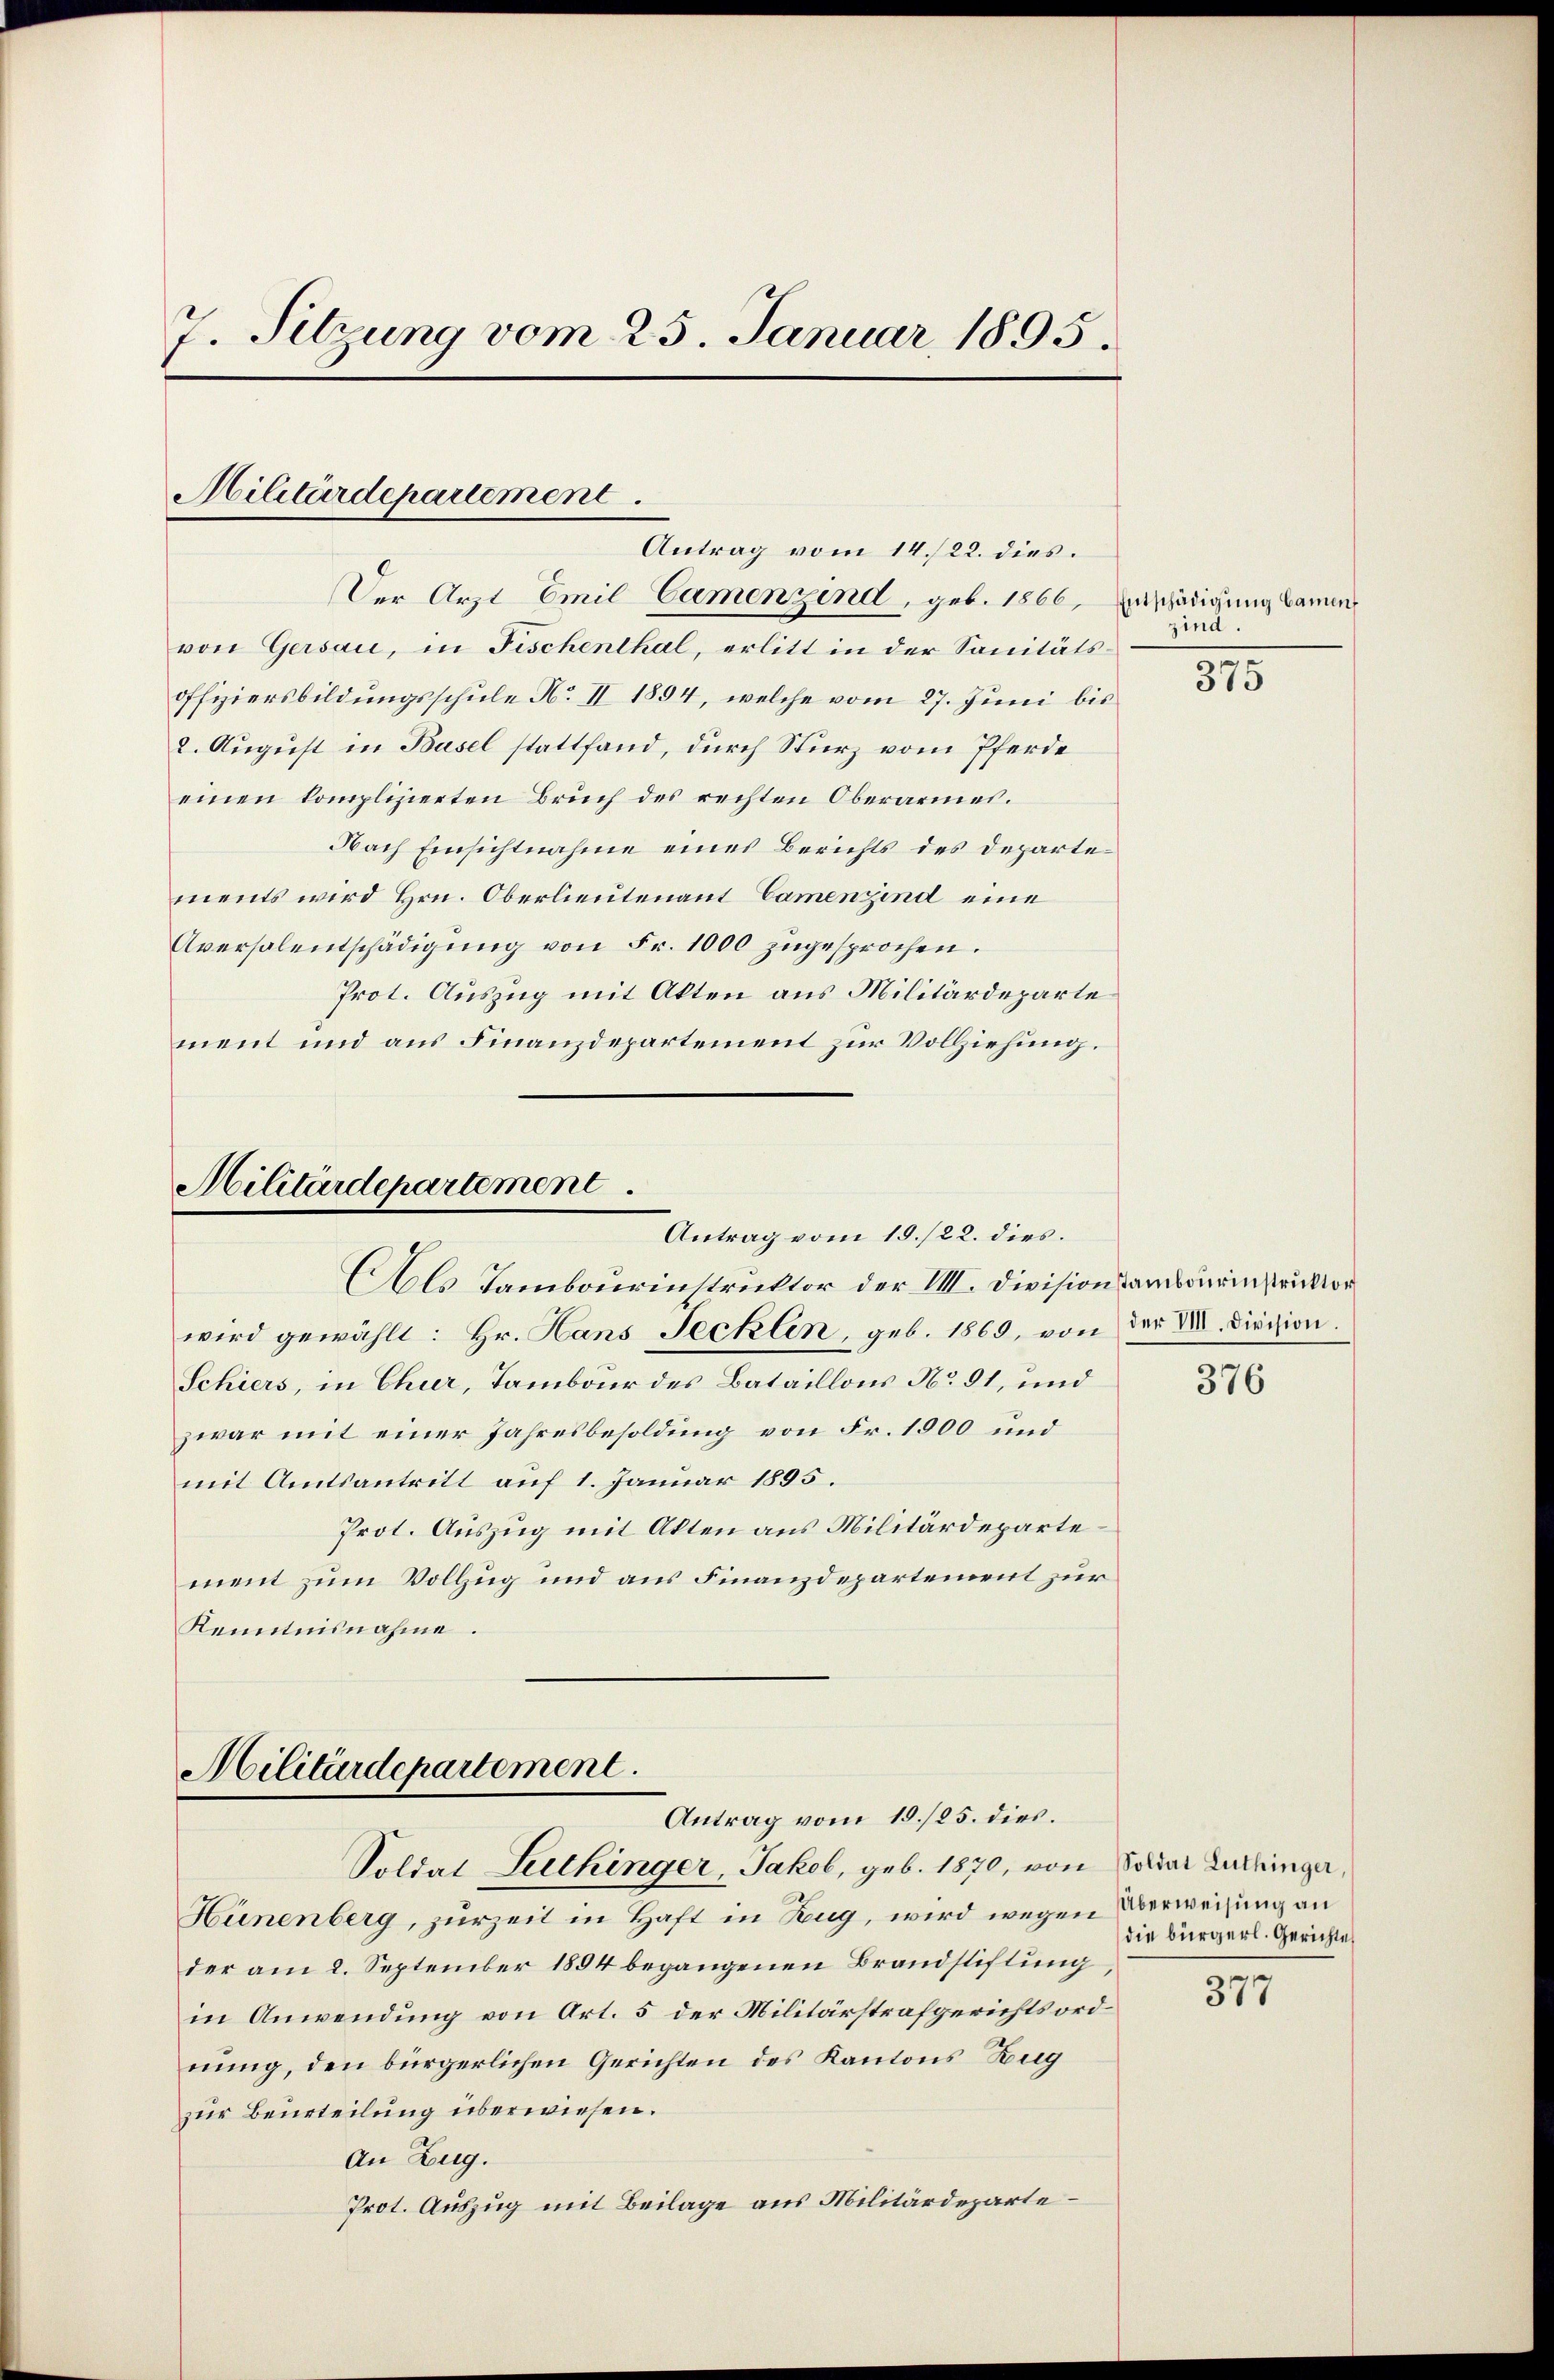
7. Sitzung vom 25. Januar 1895.

Militärdepariement
Antrag vom 14./22. dies

Der Arzt Emil-Camenzind, geb. 1866, Entschädigung kamme
von Gersau, in Fischenthal, erlitt in der Sanitätsoffiziersbildungsschule No II 1894, welche vom 27. Juni bis
2. August in Basel stattfand, durch Sturz vom Pferde
einen komplizierten Bruch des rechten Oberarmes.
Nach Einsichtnahme eines Berichts des Departements wird Hrn. Oberlieutenant Camenzind eine
Aversalentschädigŭng von Fr. 1000 zugesprochen.
Prot. Auszug mit Akten aus Militärdeparte
ment und aus Finanzdepartement zur Vollziehung.

Militärdepartement
Antrag vom 15./22. dies.
Als Tambourinstruktor der VIII. Divisionsansärinstruktor

Schiers, in Chur, Tambour des Bataillons No 91, und
zwar mit einer Jahresbesoldung von Fr. 1900 und
mit Amtsantritt auf 1. Januar 1895.
Prot. Auszug mit Akten aus Militärdepartement zum Vollzug und aus Finanzdepartement zur
Kenntnisnahme.

wird gewählt: Hr. Hans Secklen, geb. 1869, von der VIII. Division.

Militärdepartement.
Antrag vom 15./25. dies.
Soldat Suchinger, Jakob, geb. 1870, von

Hünenberg, zurzeit in Haft in Zug, wird wegen
der am 2. September 1894 begangenen Brandstiftung,
in Anwendung von Art. 5 der Militärstrafgerichtsord
nung, den bürgerlichen Gerichten des Kantons Zug
zur Beurteilung überwiesen.
An Zug.
Prot. Auszug mit Beilage aus Militärdeparte

zind.

375

376

Soldat Luthinger,
Überweisung an
die bürgerl. Gerichte

377